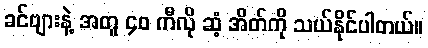
ခင်ဗျားနဲ့ အတူ ၄၀ ကီလို ဆံ့ အိတ်ကို သယ်နိုင်ပါတယ်။